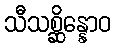
သီသစ္ဆိန္နောဝ